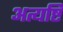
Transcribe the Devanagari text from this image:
अत्यष्टि